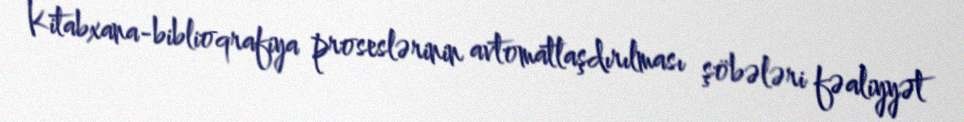
Kitabxana-biblioqrafiya proseslərinin avtomatlaşdırılması şöbələri fəaliyyət